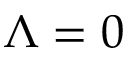
\Lambda = 0